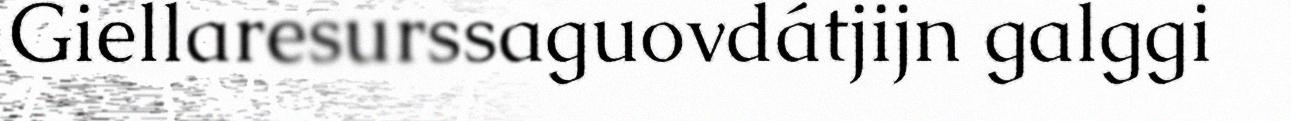
Giellaresurssaguovdátjijn galggi